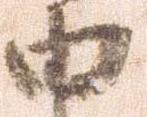
由